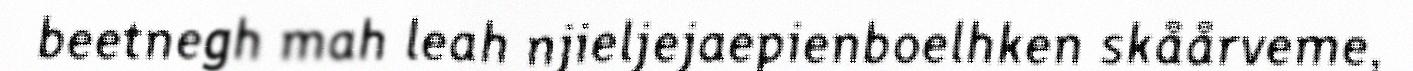
beetnegh mah leah njieljejaepienboelhken skåårveme,